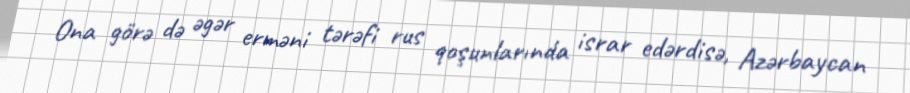
Ona görə də əgər erməni tərəfi rus qoşunlarında israr edərdisə, Azərbaycan